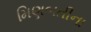
મિણબતીના